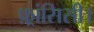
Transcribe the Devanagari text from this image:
फ़्रांसिसी।